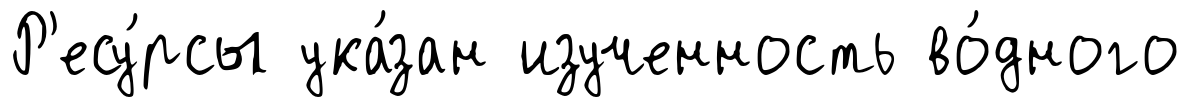
Р'есу́рсы ука́зан изученность во́дного